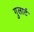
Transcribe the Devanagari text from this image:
गुलार्ट